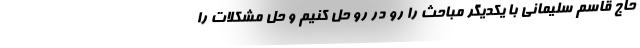
حاج قاسم سلیمانی با یکدیگر مباحث را رو در رو حل کنیم و حل مشکلات را